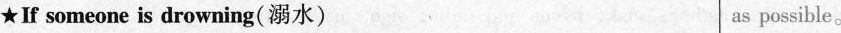
★If someone is drowning（溺水） as possible。